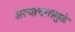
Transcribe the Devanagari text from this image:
अत्याचारांमुळे